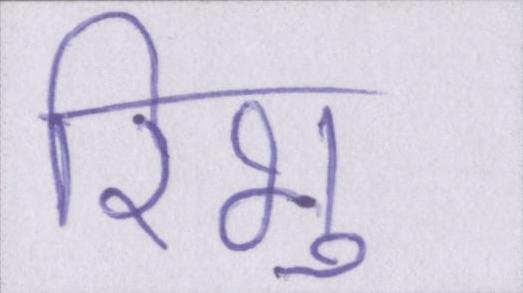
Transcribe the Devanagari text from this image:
रिभु